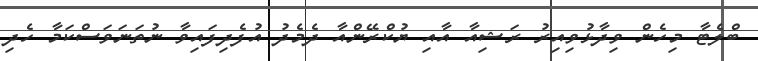
ބްލެޓާ މިހެން ވިދާޅުވިއިރު ރަޝިއާ އާއި ޔުކްރޭންއާ ދެމެދު އުފެދިފައިވާ ނުތަނަވަސްކަމާ ހެދި